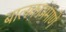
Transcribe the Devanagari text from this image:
बालकाप्रमाणे